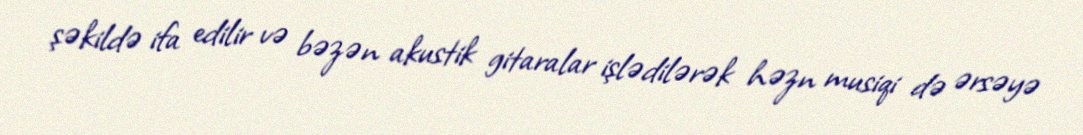
şəkildə ifa edilir və bəzən akustik gitaralar işlədilərək həzn musiqi də ərsəyə